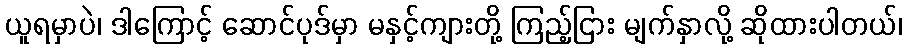
ယူရမှာပဲ၊ ဒါကြောင့် ဆောင်ပုဒ်မှာ မနှင့်ကျားတို့ ကြည့်ငြား မျက်နှာလို့ ဆိုထားပါတယ်၊